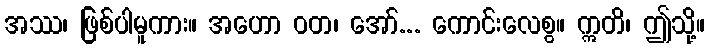
အဿ၊ ဖြစ်ပါမူကား။ အဟော ဝတ၊ အော်... ကောင်းလေစွ။ ဣတိ၊ ဤသို့။